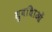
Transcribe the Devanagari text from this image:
सुवधिाओं